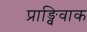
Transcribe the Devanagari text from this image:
प्राङ्विवाक